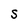
Character: S